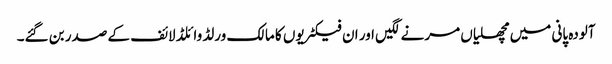
آلودہ پانی میں مچھلیاں مرنے لگیں اور ان فیکٹریوں کا مالک ورلڈ وائلڈ لائف کے صدر بن گئے۔